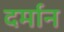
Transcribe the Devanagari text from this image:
दर्मान